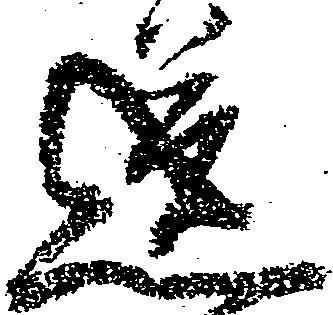
送